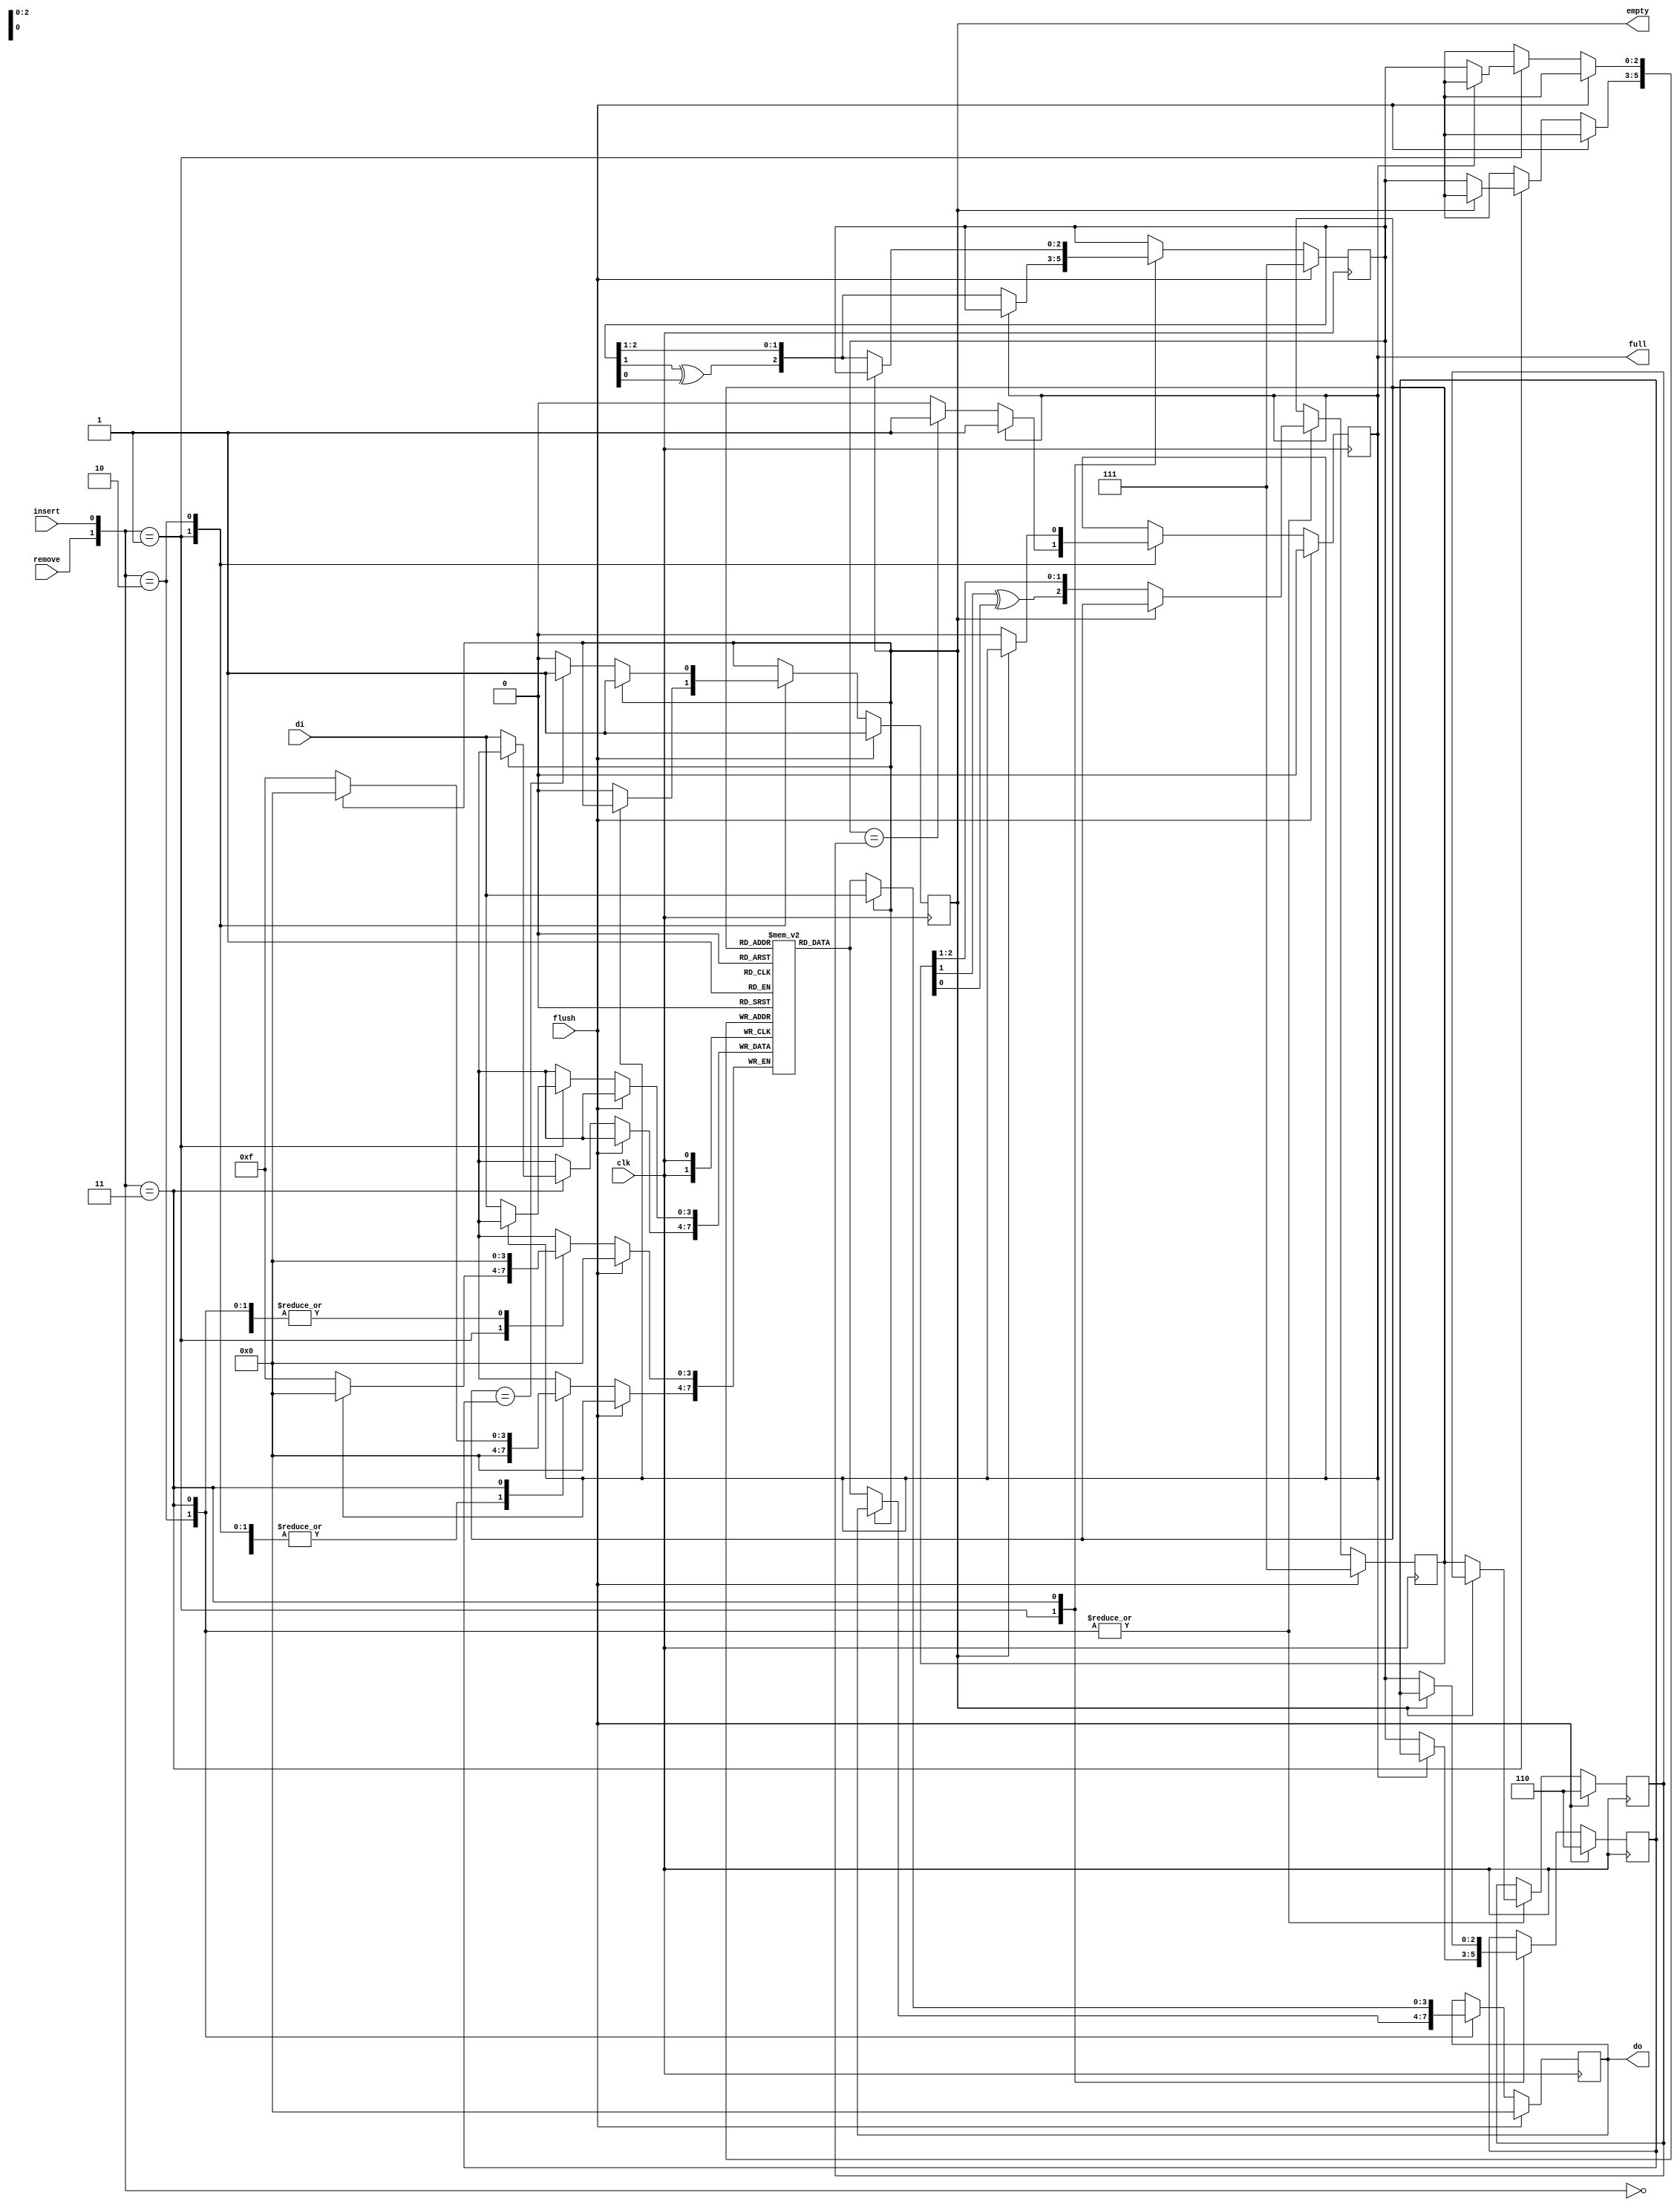
module fifosc
#(
    parameter DATA_WIDTH = 4
)(
    input  clk,                 // posedge clock
    input  flush,               // flush FIFO
    input  insert,              // insert data
    input  remove,              // remove data
    input [DATA_WIDTH-1:0]  di, // datain

    output empty,               // FIFO empty flag
    output full,                // FIFO full flag
    output [DATA_WIDTH-1:0] do  // dataout
);
    localparam  FIFO_DEPTH = 8;
    localparam  k = 1;
    localparam  as = $clog2(FIFO_DEPTH-1);

    reg [DATA_WIDTH-1:0] fifo_mem [0:FIFO_DEPTH-1];
    reg [as-1:0] wrptr, wrptr_q;
    reg [as-1:0] rdptr, rdptr_q;

    wire flush, remove, insert;
    wire [DATA_WIDTH-1:0] di;
    reg [DATA_WIDTH-1:0] do;
    reg full, empty;
    always @(posedge clk) begin : fifo_process
        if (flush) begin
            full <= 0;
            empty <= 1;
            // initialize ptrs
            wrptr <= -1;
            wrptr_q <= -2;
            rdptr <= -1;
            rdptr_q <= -2;
            do <= 0;
        end else begin
            case({remove, insert})
                2'b00: ; // nothing to do
                2'b01: begin
                    // insert element
                    if (~full) begin
                        // place datain into fifo_mem
                        fifo_mem[wrptr] <= di;
                        // clear empty flag
                        empty <= 0;
                        wrptr <= {(wrptr[k]^wrptr[0]), wrptr[as-1:1]};
                        wrptr_q <= wrptr;
                        // check for full
                        if (wrptr == rdptr_q) begin
                            full <= 1;
                        end
                    end
                end
                2'b10: begin
                    // remove element
                    if (~empty) begin
                        // place datain into fifo_mem
                        do <= fifo_mem[rdptr];
                        // clear full flag
                        full <= 0;
                        rdptr_q <= rdptr;
                        rdptr <= {(rdptr[k]^rdptr[0]), rdptr[as-1:1]};
                        // check for empty
                        // FOR SOME REASON, THIS IF NEEDS TO BE COMMENTED OUT FOR DOCUMENTER TO WORKs
                        if (rdptr == wrptr_q) begin
                            empty <= 1;
                        end
                    end
                end
                2'b11: begin
                    // insert and remove element
                    // full/empty flags unaffected (remain the same)
                    // current state of full flags don't matter either
                    // but empty flag does -- need to pass data straight through
                    if (empty) begin
                        do <= di;
                    end else begin
                        // place datain into fifo_mem
                        fifo_mem[wrptr] <= di;
                        // place datain into fifo_mem
                        do <= fifo_mem[rdptr];
                        // update ptrs
                        wrptr_q <= wrptr;
                        rdptr_q <= rdptr;
                        rdptr <= {(rdptr[k]^rdptr[0]), rdptr[as-1:1]};
                        wrptr <= {(wrptr[k]^wrptr[0]), wrptr[as-1:1]};
                    end
                end
            endcase
        end
    end
endmodule